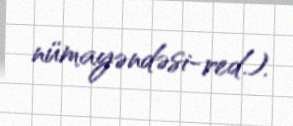
nümayəndəsi-red.).